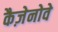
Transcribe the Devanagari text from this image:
कैज़ेनोवे